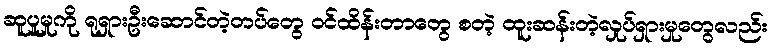
ဆူပူမှုကို ရုရှားဦးဆောင်တဲ့တပ်တွေ ဝင်ထိန်းတာတွေ စတဲ့ ထူးဆန်းတဲ့လှုပ်ရှားမှုတွေလည်း